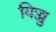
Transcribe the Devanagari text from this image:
विज्जु